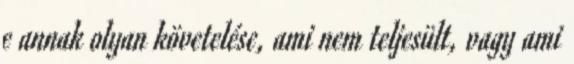
e annak olyan követelése, ami nem teljesült, vagy ami